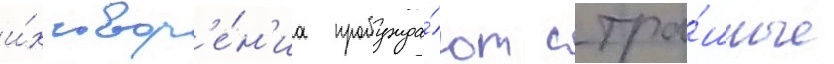
и́х твор'е́н'иа пробужда́ют стра́шные